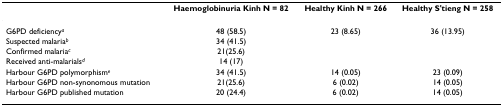
|  | Haemoglobinuria Kinh N = 82 | Healthy Kinh N = 266 | Healthy S'tieng N = 258 |
 | --- | --- | --- | --- |
 | G6PD deficiencya | 48 (58.5) | 23 (8.65) | 36 (13.95) |
 | Suspected malariab | 34 (41.5) |  |  |
 | Confirmed malariac | 21(25.6) |  |  |
 | Received anti-malarialsd | 14 (17) |  |  |
 | Harbour G6PD polymorphisme | 34 (41.5) | 14 (0.05) | 23 (0.09) |
 | Harbour G6PD non-synonomous mutation | 21(25.6) | 6 (0.02) | 14 (0.05) |
 | Harbour G6PD published mutation | 20 (24.4) | 6 (0.02) | 14 (0.05) |